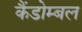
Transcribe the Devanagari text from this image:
कैंडोम्बल